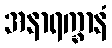
အနာရက္ခာနံ